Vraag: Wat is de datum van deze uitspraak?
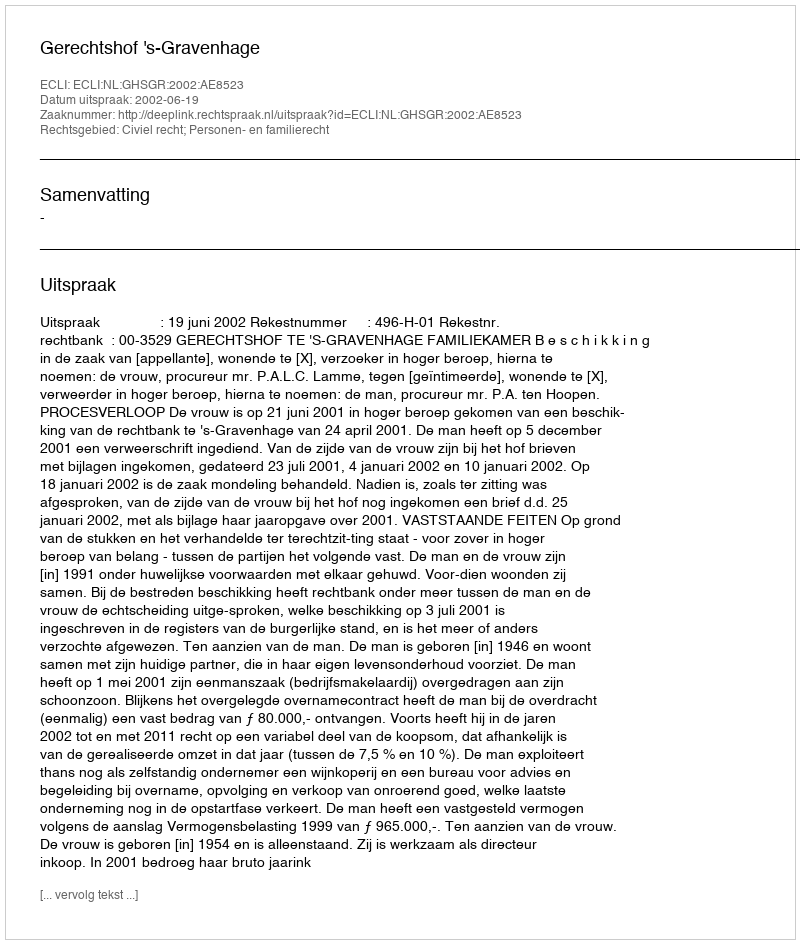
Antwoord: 2002-06-19